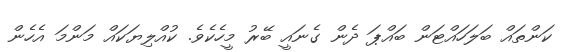
ކަންތައް ބަލަހައްޓަން ބައްޕަ ދެން ގެނައީ ބޭރު މީހެކެވެ. ކުއްލިޔަކައް މަންމަ އެހެން